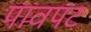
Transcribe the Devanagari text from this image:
पावपट